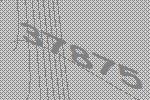
37875